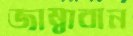
জাম্বাবান